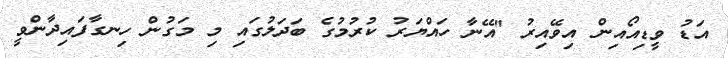
އަޑު ވީޑިއޯއިން އިވޭއިރު "އޭނާ ހައްޔަރު ކުރުމުގެ ބަދަލުގައި މި މަގުން ހިނގާފައިދާންވީ